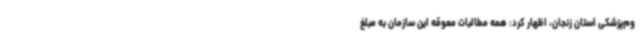
وم‌پزشکی استان زنجان، اظهار کرد: همه مطالبات معوقه این سازمان به مبلغ